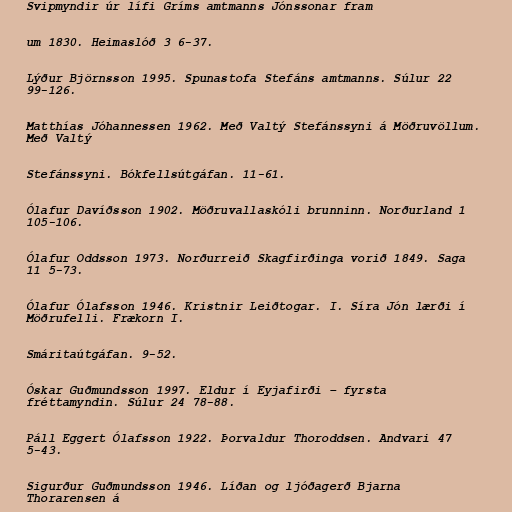
Svipmyndir úr lífi Gríms amtmanns Jónssonar fram

um 1830. Heimaslóð 3 6-37.

Lýður Björnsson 1995. Spunastofa Stefáns amtmanns. Súlur 22
99-126.

Matthías Jóhannessen 1962. Með Valtý Stefánssyni á Möðruvöllum.
Með Valtý

Stefánssyni. Bókfellsútgáfan. 11-61.

Ólafur Davíðsson 1902. Möðruvallaskóli brunninn. Norðurland 1
105-106.

Ólafur Oddsson 1973. Norðurreið Skagfirðinga vorið 1849. Saga
11 5-73.

Ólafur Ólafsson 1946. Kristnir Leiðtogar. I. Síra Jón lærði í
Möðrufelli. Frækorn I.

Smáritaútgáfan. 9-52.

Óskar Guðmundsson 1997. Eldur í Eyjafirði – fyrsta
fréttamyndin. Súlur 24 78-88.

Páll Eggert Ólafsson 1922. Þorvaldur Thoroddsen. Andvari 47
5-43.

Sigurður Guðmundsson 1946. Líðan og ljóðagerð Bjarna
Thorarensen á